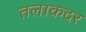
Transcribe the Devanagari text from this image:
तलाकदर